Civil Veterinary Department Bengal reports 1923-33 - 1923-1933
Year: 1923
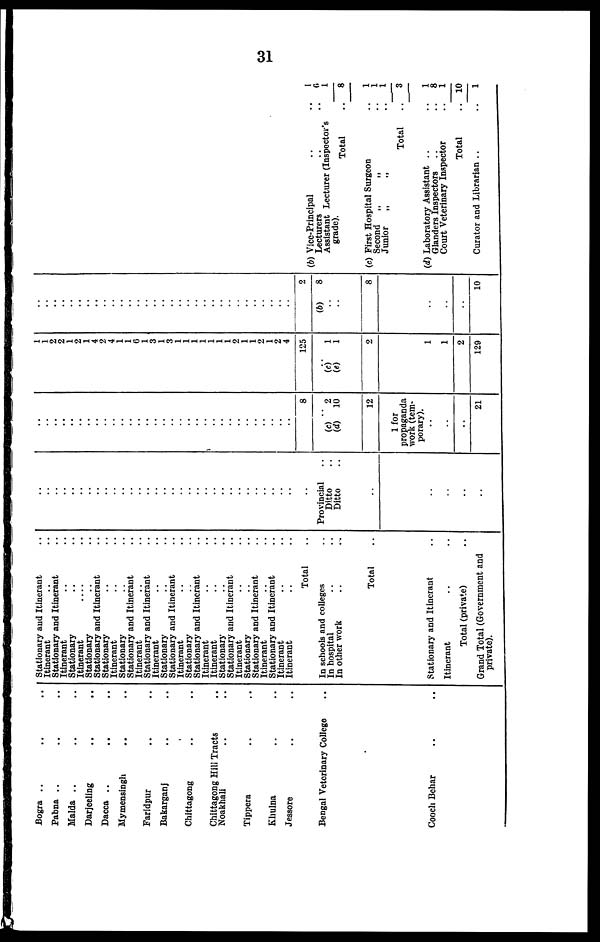
31
Bogra .. .. ..
Pabna .. .. ..
Malda .. .. ..
Darjeeling .. ..
Dacca .. .. ..
Mymensingh .. ..
Faridpur .. ..
Bakarganj .. ..
Chittagong .. ..
Chittagong Hill Tracts ..
Noakhali .. ..
Tippera .. ..
Khulna .. ..
Jessore .. ..
Bengal Veterinary College ..
Cooch Behar .. ..
Stationary and Itinerant ..
Itinerant .. ..
Stationary and Itinerant ..
Itinerant .. ..
Stationary .. ..
Itinerant
..
..
Stationary.. ..
Stationary and Itinerant ..
Stationary .. ..
Itinerant .. ..
Stationary .. ..
Stationary and Itinerant .. ..
Itinerant .. ..
Stationary and Itinerant ..
Itinerant .. ..
Stationary .. ..
Stationary and Itinerant ..
Itinerant .. ..
Stationary .. ..
Stationary and Itinerant ..
Itinerant .. ..
Itinerant .. ..
Stationary .. ..
Stationary and Itinerant ..
Itinerant .. ..
Stationary .. ..
Stationary and Itinerant ..
Itinerant .. ..
Stationary and Itinerant ..
Itinerant .. ..
Itinerant .. ..
Total ..
In schools and colleges ..
In hospital .. ..
In other work .. ..
Total ..
Stationary and Itinerant ..
Itinerant .. ..
Total (private) ..
Grand Total (Government and
private).
..
..
..
..
..
..
..
..
..
..
..
..
..
..
..
..
..
..
..
..
..
..
..
..
..
..
..
..
..
..
Provincial ..
Ditto ..
Ditto ..
..
..
..
..
..
..
..
..
..
..
..
..
..
..
..
..
..
..
..
..
..
..
..
..
..
..
..
..
..
..
..
..
..
..
8
(c)
2
(d) 10
12
1 for
propaganda
work (tem-
porary)
...
..
21
1
1
2
2
1
2
1
4
2
4
1
1
6
1
3
1
3
1
1
1
1
1
1
1
2
1
1
2
1
2
4
125
(c)
1
(e)
1
2
1
1
2
129
..
..
..
..
..
..
..
..
..
..
..
..
..
..
..
..
..
..
..
..
..
..
..
..
..
..
..
..
..
..
2
(b)
8
8
..
..
..
10
(b) Vice-Principal
..
.. 1
Lecturers
..
..
6
Assistant Lecturer (Inspector's
1
grade).
Total
..
8
(c) First Hospital Surgeon
..
1
Second
„
„
..
1
Junior
„
„
..
1
Total
..
3
(d) Laboratory Assistant ..
..
1
Glanders Inspectors
..
..
8
Court Veterinary Inspector
..
1
Total
.. 10
Curator and Librarian ..
..
1